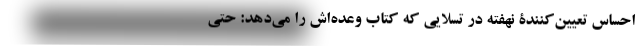
احساسِ تعیین‌کنندۀ نهفته در تسلّایی که کتاب وعده‌اش را می‌دهد: حتی